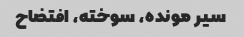
سیر مونده، سوخته، افتضاح